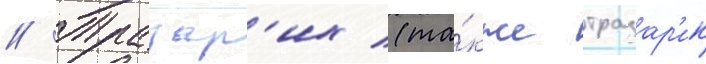
// Тразар'их (та́кже тразар'ик